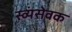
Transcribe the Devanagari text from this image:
स्व्यंसेवक